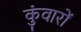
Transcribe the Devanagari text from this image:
कुंवारों